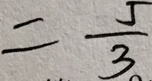
= \frac { 5 } { 3 }